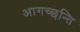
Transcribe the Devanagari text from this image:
आगच्छन्ति